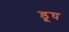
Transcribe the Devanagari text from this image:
डूघ